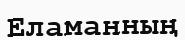
Еламанның